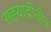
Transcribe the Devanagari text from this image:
सह्य़ाद्रीतील